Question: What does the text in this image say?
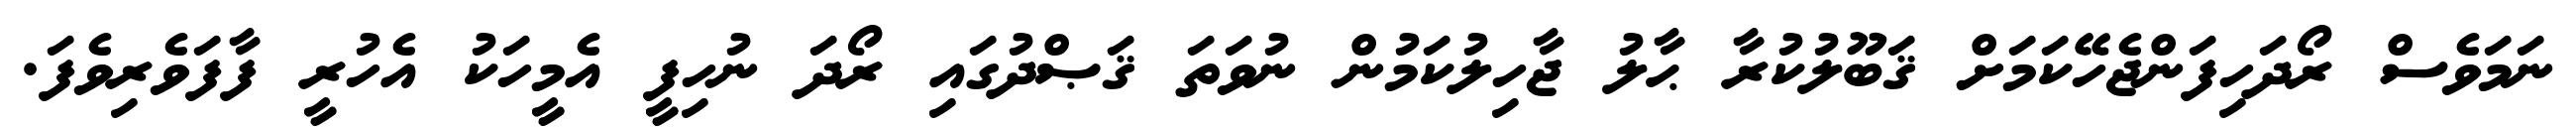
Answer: ނަމަވެސް ރޯދަހިފަންޖެހޭކަމަށް ޤަބޫލުކުރާ ޙާލު ޖާހިލުކަމުން ނުވަތަ ޤަޞްދުގައި ރޯދަ ނުހިފީ އެމީހަކު އެހުރީ ފާފަވެރިވެފަ.